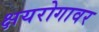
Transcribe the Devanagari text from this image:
क्षयरोगावर